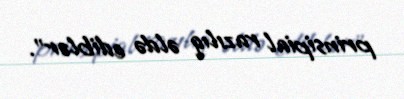
prinsipial razılıq əldə ediblər”.